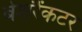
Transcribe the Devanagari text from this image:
बेशरैंकटर